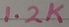
Text: 1.2K